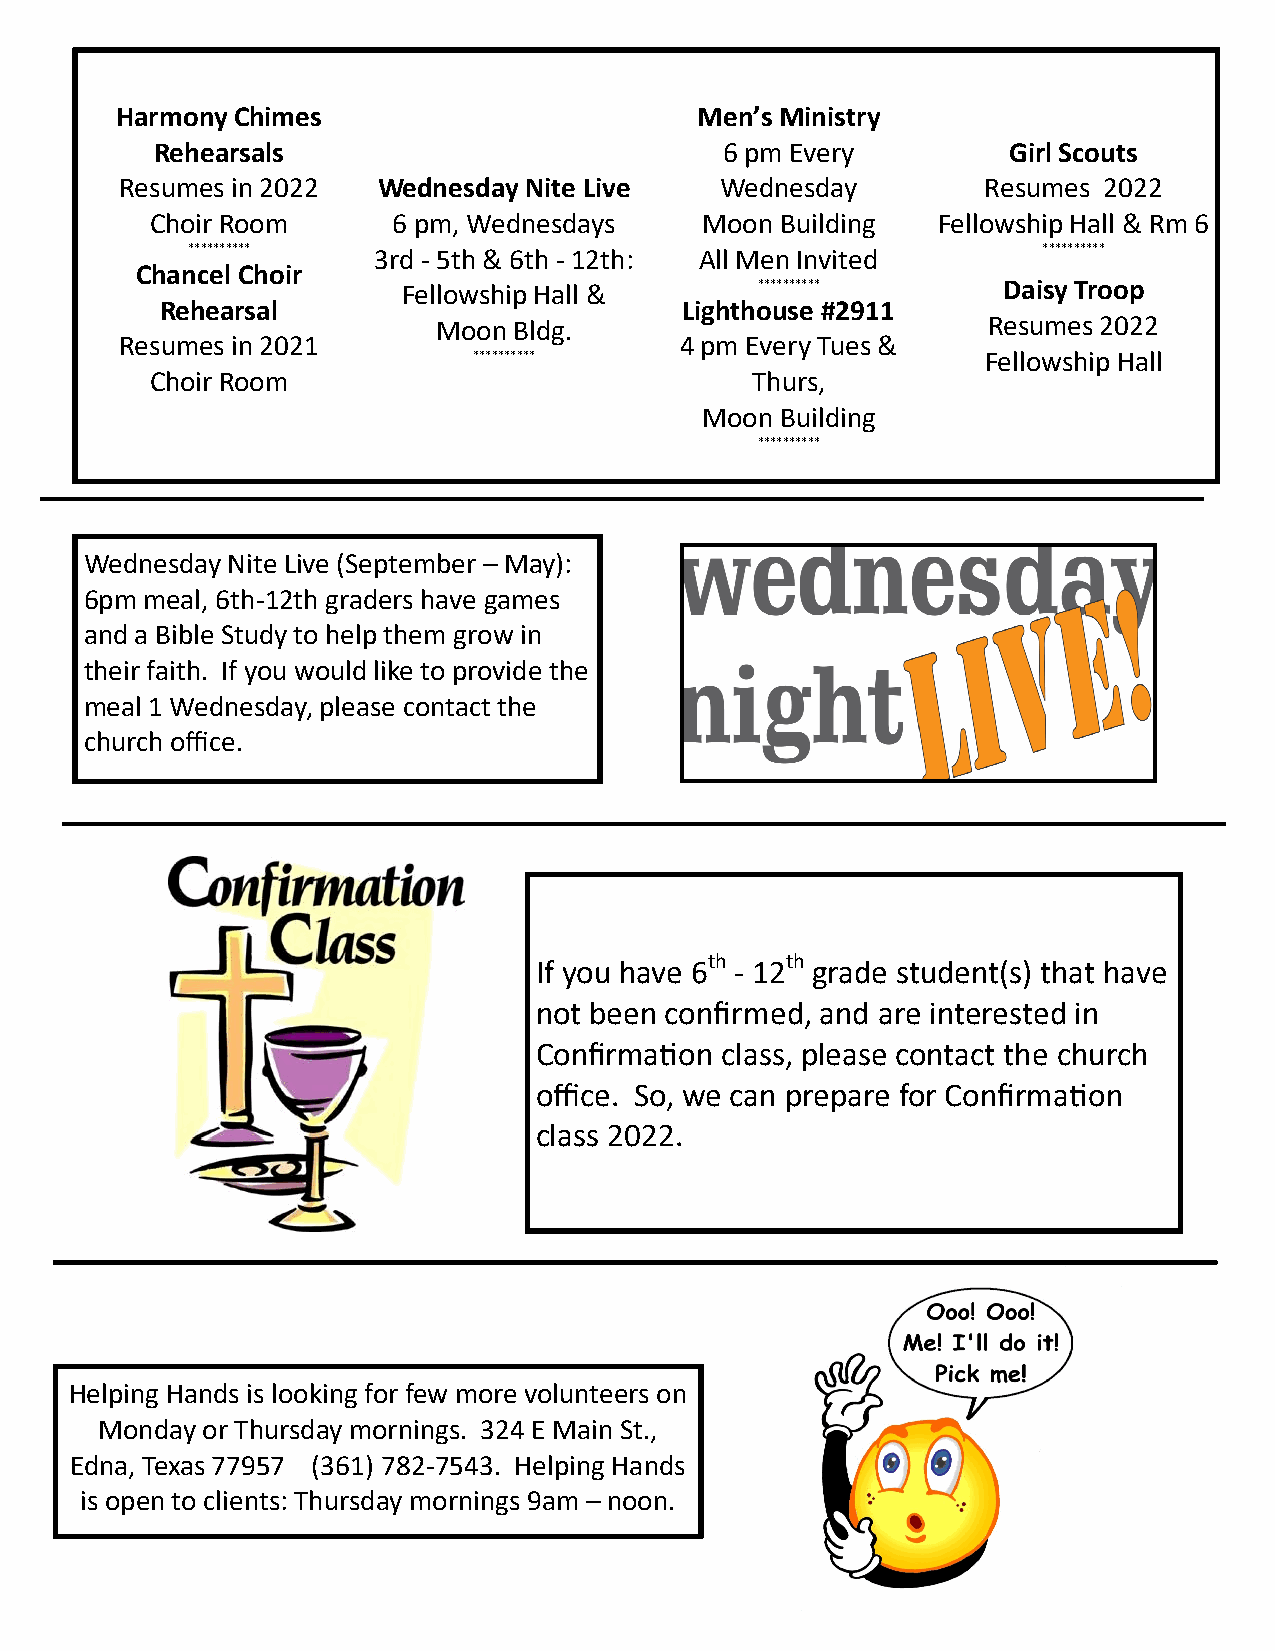
Harmony Chimes                        Men’s Ministry
 Rehearsals                            6 pm Every         Girl Scouts
 Resumes in 2022  Wednesday Nite Live    Wednesday        Resumes 2022
 Choir Room      6 pm, Wednesdays    Moon  Building  Fellowship Hall & Rm 6
 **********   3rd - 5th & 6th - 12th: All Men Invited     **********
 Chancel Choir
 Fellowship Hall &      **********      Daisy Troop
 Rehearsal                         Lighthouse #2911
 Moon Bldg.                          Resumes 2022
 Resumes in 2021                      4 pm Every Tues &
 **********                        Fellowship Hall
 Choir Room                              Thurs,
 Moon  Building
 **********
 Wednesday Nite Live (September – May):
 6pm meal, 6th-12th graders have games
 and a Bible Study to help them grow in
 their faith. If you would like to provide the
 meal 1 Wednesday, please contact the
 church office.
 th   th
 If you have 6 - 12 grade student(s) that have
 not been confirmed, and are interested in
 Confirmation class, please contact the church
 office. So, we can prepare for Confirmation
 class 2022.
 Helping Hands is looking for few more volunteers on
 Monday or Thursday mornings. 324 E Main St.,
 Edna, Texas 77957 (361) 782-7543. Helping Hands
 is open to clients: Thursday mornings 9am – noon.